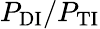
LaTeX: P_{\mathrm{DI}}/P_{\mathrm{TI}}